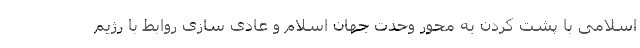
اسلامی با پشت کردن به محور وحدت جهان اسلام و عادی سازی روابط با رژیم